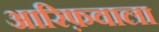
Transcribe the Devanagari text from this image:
आरिफ़वाला